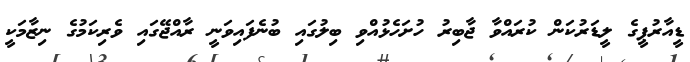
ޑީއާރުޕީގެ ލީޑަރުކަން ކުރައްވާ ޖާބިރު ހުށަހެޅުއްވި ބިލުގައި ބުނެފައިވަނީ ރާއްޖޭގައި ވެރިކަމުގެ ނިޒާމަކީ